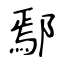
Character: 鄢